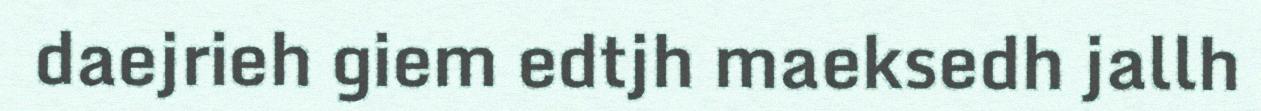
daejrieh giem edtjh maeksedh jallh